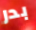
بدر